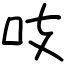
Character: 吱